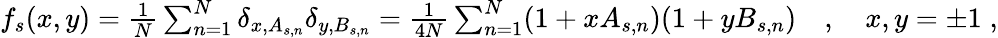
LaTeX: \begin{array}{r}{f_{s}(x,y)=\frac{1}{N}\sum_{n=1}^{N}\delta_{x,A_{s,n}}\delta_{y,B_{s,n}}=\frac{1}{4N}\sum_{n=1}^{N}(1+xA_{s,n})(1+yB_{s,n})\quad,\quad x,y=\pm 1\; ,}\end{array}